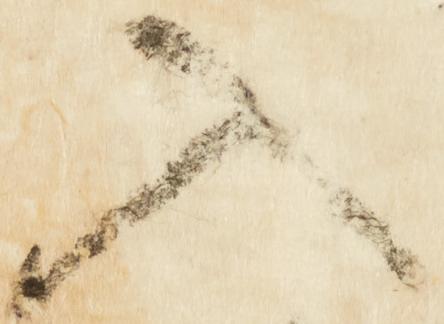
入